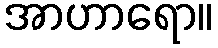
အာဟာရော။